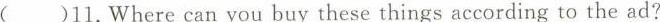
()11. Where can you buy these things according to the ad?